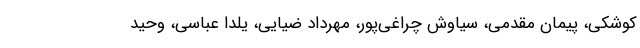
کوشکی، پیمان مقدمی، سیاوش چراغی‌پور، مهرداد ضیایی، یلدا عباسی، وحید